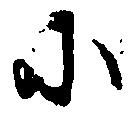
に